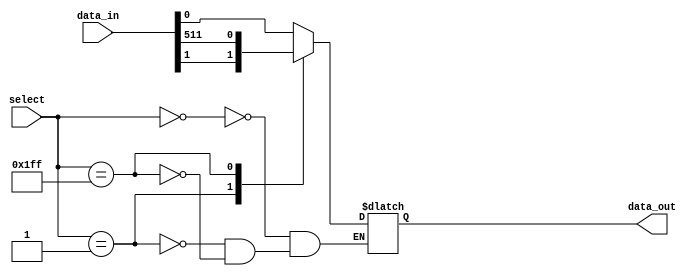
module mux512to1 (
    input [511:0] data_in,
    input [8:0] select,
    output reg data_out
);

always @(*) begin
    case (select)
        9'b000000000: data_out = data_in[0];
        9'b000000001: data_out = data_in[1];
        // Continue for all 512 inputs
        // ...
        9'b111111111: data_out = data_in[511];
    endcase
end

endmodule